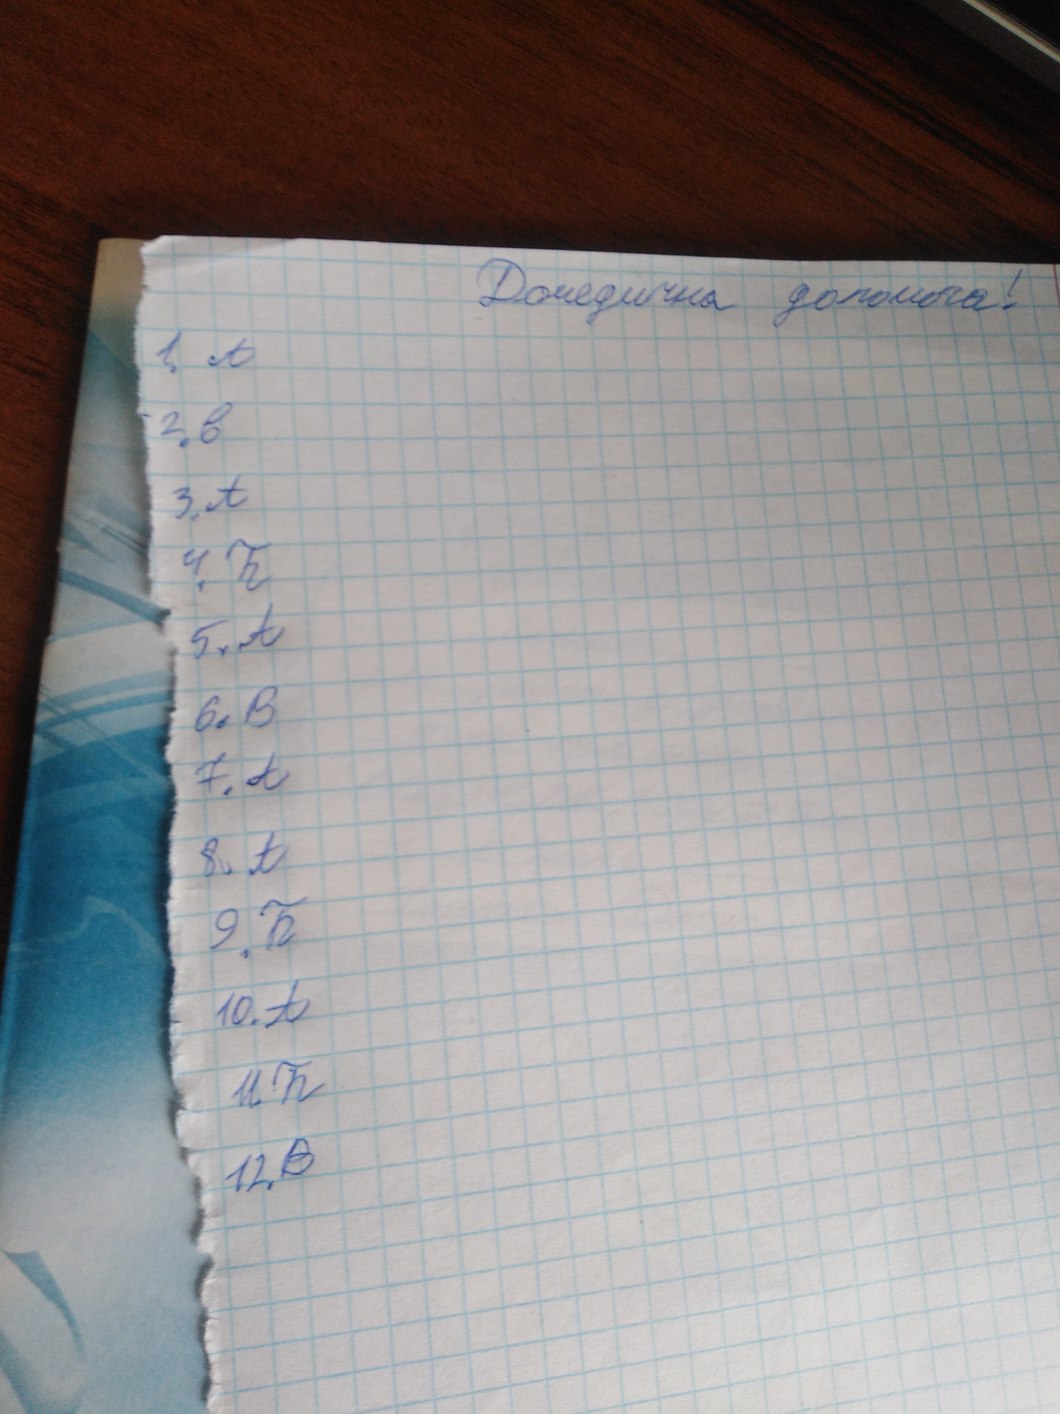
Домедична допомога!
1, А
2. В
3. А
4. Б
5. А
6. В
7. А
8. А
9. Б
10. А
11. Б
12. B